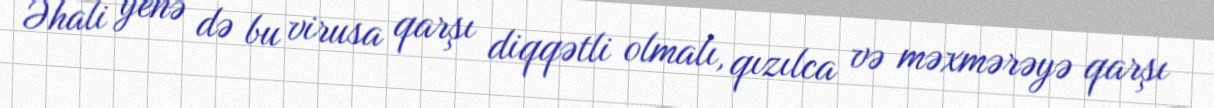
Əhali yenə də bu virusa qarşı diqqətli olmalı, qızılca və məxmərəyə qarşı